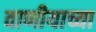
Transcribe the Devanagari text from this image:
वाणीयाच्या